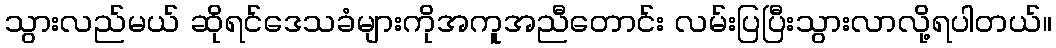
သွားလည်မယ် ဆိုရင်ဒေသခံများကိုအကူအညီတောင်း လမ်းပြပြီးသွားလာလို့ရပါတယ်။